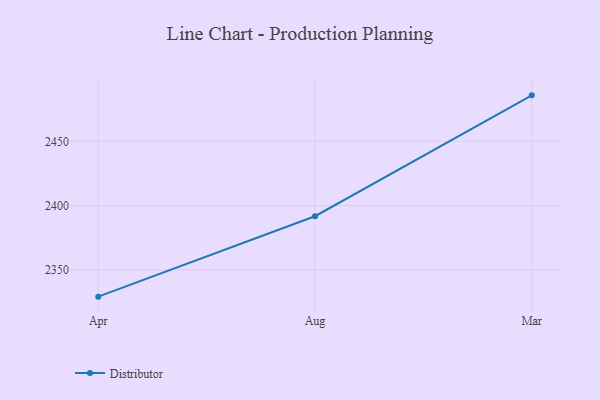
{"axis": {"x": "Month", "y": "Backlog"}, "legend": ["Distributor"], "data": [{"x": "Apr", "y": 2329.1, "type": "Distributor"}, {"x": "Aug", "y": 2391.7, "type": "Distributor"}, {"x": "Mar", "y": 2485.8, "type": "Distributor"}]}